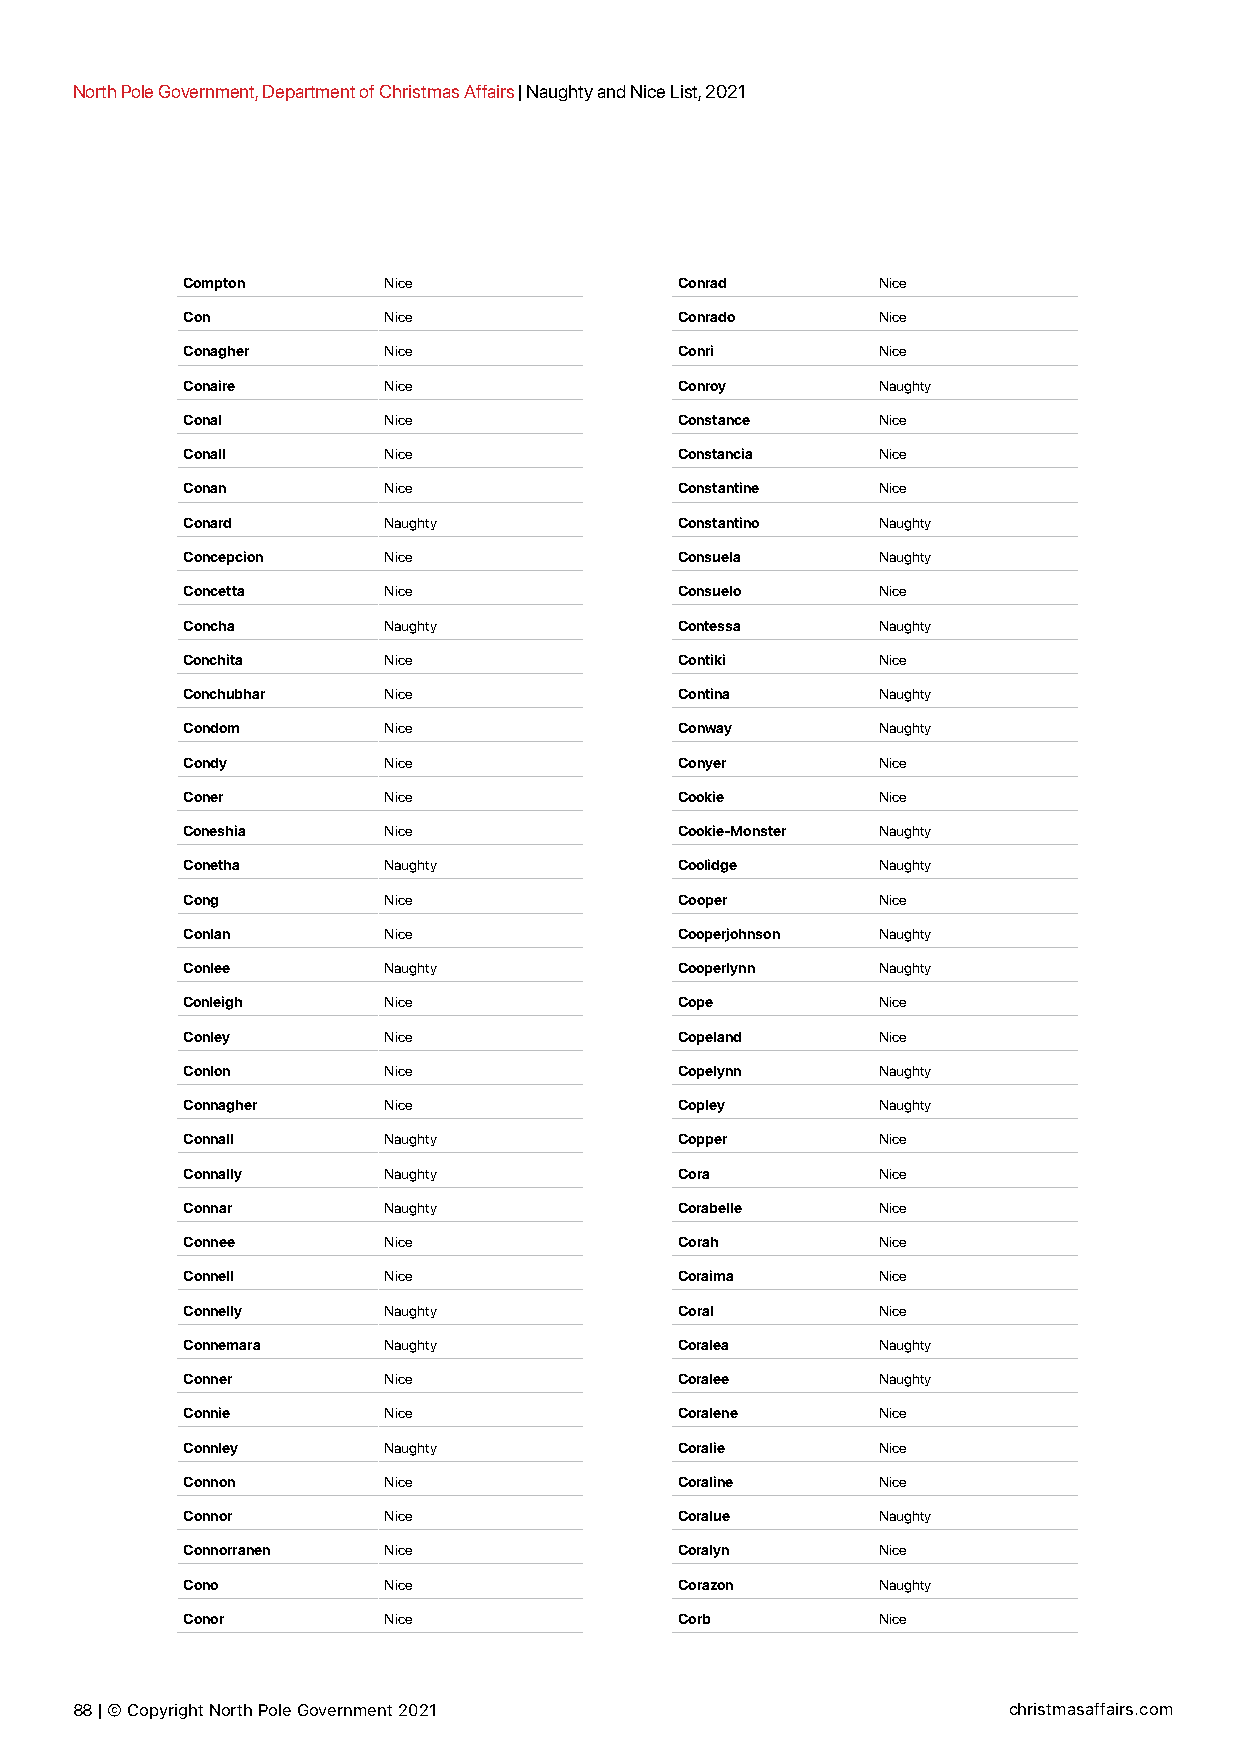
North Pole Government, Department of Christmas Affairs | Naughty and Nice List, 2021
 Compton      Nice                Conrad       Nice
 Con          Nice                Conrado      Nice
 Conagher     Nice                Conri        Nice
 Conaire      Nice                Conroy       Naughty
 Conal        Nice                Constance    Nice
 Conall       Nice                Constancia   Nice
 Conan        Nice                Constantine  Nice
 Conard       Naughty             Constantino  Naughty
 Concepcion   Nice                Consuela     Naughty
 Concetta     Nice                Consuelo     Nice
 Concha       Naughty             Contessa     Naughty
 Conchita     Nice                Contiki      Nice
 Conchubhar   Nice                Contina      Naughty
 Condom       Nice                Conway       Naughty
 Condy        Nice                Conyer       Nice
 Coner        Nice                Cookie       Nice
 Coneshia     Nice                Cookie-Monster Naughty
 Conetha      Naughty             Coolidge     Naughty
 Cong         Nice                Cooper       Nice
 Conlan       Nice                Cooperjohnson Naughty
 Conlee       Naughty             Cooperlynn   Naughty
 Conleigh     Nice                Cope         Nice
 Conley       Nice                Copeland     Nice
 Conlon       Nice                Copelynn     Naughty
 Connagher    Nice                Copley       Naughty
 Connall      Naughty             Copper       Nice
 Connally     Naughty             Cora         Nice
 Connar       Naughty             Corabelle    Nice
 Connee       Nice                Corah        Nice
 Connell      Nice                Coraima      Nice
 Connelly     Naughty             Coral        Nice
 Connemara    Naughty             Coralea      Naughty
 Conner       Nice                Coralee      Naughty
 Connie       Nice                Coralene     Nice
 Connley      Naughty             Coralie      Nice
 Connon       Nice                Coraline     Nice
 Connor       Nice                Coralue      Naughty
 Connorranen  Nice                Coralyn      Nice
 Cono         Nice                Corazon      Naughty
 Conor        Nice                Corb         Nice
 88 | © Copyright North Pole Government 2021                   christmasaffairs.com